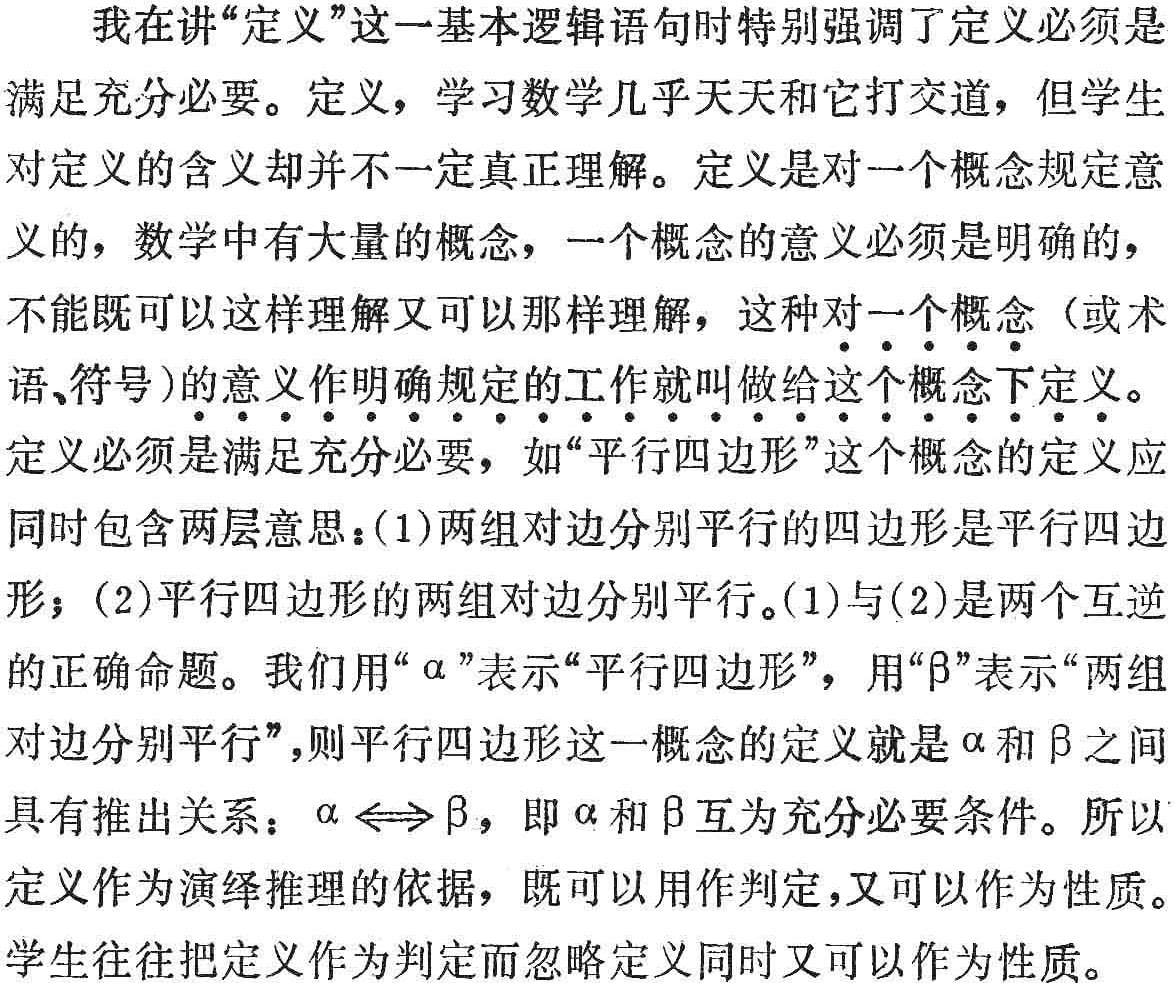
我在讲“定义”这一基本逻辑语句时特别强调了定义必须是
满足充分必要。定义，学习数学几乎天天和它打交道，但学生
对定义的含义却并不一定真正理解。定义是对一个概念规定意
义的，数学中有大量的概念，一个概念的意义必须是明确的，
不能既可以这样理解又可以那样理解，这种对一个概念（或术
语、符号）的意义作明确规定的工作就叫做给这个概念下定义。
定义必须是满足充分必要，如“平行四边形”这个概念的定义应
同时包含两层意思：(1)两组对边分别平行的四边形是平行四边
形；(2)平行四边形的两组对边分别平行。(1)与(2)是两个互逆
的正确命题。我们用“\(\alpha\)”表示“平行四边形”，用“\(\beta\)”表示“两组
对边分别平行”，则平行四边形这一概念的定义就是\(\alpha\)和\(\beta\)之间
具有推出关系：\(\alpha \Leftrightarrow \beta\)，即\(\alpha\)和\(\beta\)互为充分必要条件。所以
定义作为演绎推理的依据，既可以用作判定，又可以作为性质。
学生往往把定义作为判定而忽略定义同时又可以作为性质。